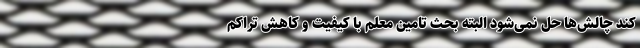
کند چالش‌ها حل نمی‌شود البته بحث تامین معلم با کیفیت و کاهش تراکم